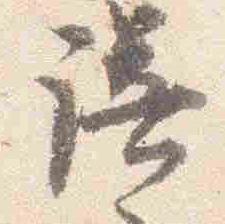
諾